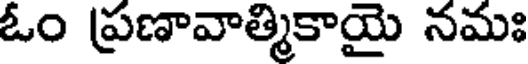
ఓం ప్రణావాత్మికాయై నమః